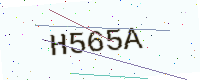
Text: H565A